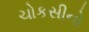
ચોકસીનો